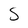
Character: S